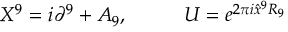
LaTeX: X ^ { 9 } = i \partial ^ { 9 } + A _ { 9 } , \; \; \; \; \; \; \; \; \; \; U = e ^ { 2 \pi i \hat { x } ^ { 9 } R _ { 9 } }